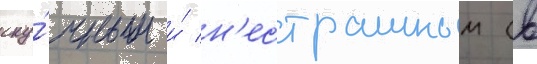
ску́чным и́ н'естрашным (в